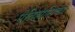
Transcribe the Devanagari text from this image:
ऐतिहासिका